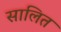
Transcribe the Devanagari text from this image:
सालित